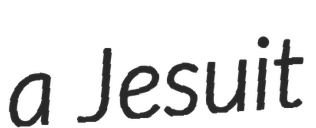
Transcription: a Jesuit